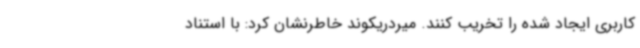
کاربری ایجاد شده را تخریب کنند. میردریکوند خاطرنشان کرد: با استناد